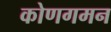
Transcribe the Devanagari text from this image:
कोणगमन